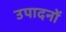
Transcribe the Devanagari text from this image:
उपादनों